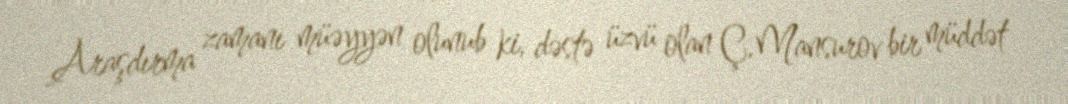
Araşdırma zamanı müəyyən olunub ki, dəstə üzvü olan Ç.Mansurov bir müddət